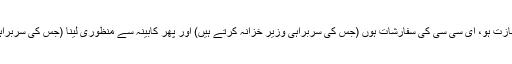
شوگر ایڈوائزری کمیٹی کی اجازت ہو، ای سی سی کی سفارشات ہوں (جس کی سربراہی وزیر خزانہ کرتے ہیں) اور پھر کابینہ سے منظوری لینا (جس کی سربراہی وزیراعظم خود کرتے ہیں)۔